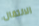
الانتقال